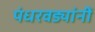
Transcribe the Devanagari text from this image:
पंधरवड्यांनीं